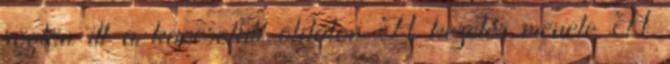
rögtön itt a kapcsolati oldalon A kezelés menete A